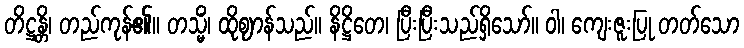
တိဋ္ဌန္တိ၊ တည်ကုန်၏။ တသ္မိံ၊ ထိုဈာန်သည်။ နိဋ္ဌိတေ၊ ပြီးပြီးသည်ရှိသော်။ ဝါ၊ ကျေးဇူးပြု တတ်သော